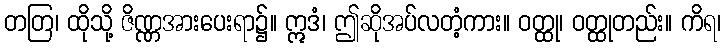
တတြ၊ ထိုသို့ ဇိဏ္ဏအားပေးရာ၌။ ဣဒံ၊ ဤဆိုအပ်လတံ့ကား။ ဝတ္ထု၊ ဝတ္ထုတည်း။ ကိရ၊